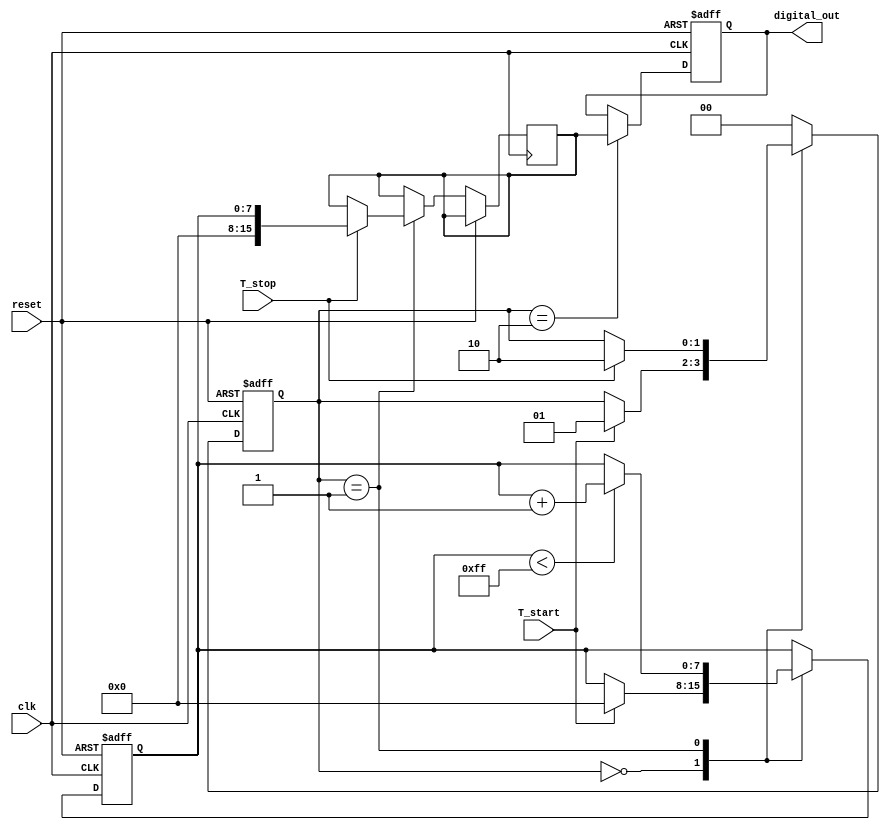
module TimeToDigitalConverter (
    input wire clk,              // High-frequency clock
    input wire reset,            // Reset signal
    input wire T_start,          // Start signal
    input wire T_stop,           // Stop signal
    output reg [15:0] digital_out // 16-bit digital output
);
    
    // Parameters
    parameter RAMP_MAX = 255;    // Max ramp value (can be adjusted)
    parameter ADC_RESOLUTION = 16; // ADC resolution in bits
    
    // State definition
    reg [1:0] state; // States: 0 - Idle, 1 - Ramp Up, 2 - Stop
    reg [7:0] ramp_value; // 8-bit ramp value
    reg [15:0] sampled_value; // Sampled value from ramp

    // State encoding
    localparam IDLE = 2'b00;
    localparam RAMP_UP = 2'b01;
    localparam STOP = 2'b10;

    // Control logic
    always @(posedge clk or posedge reset) begin
        if (reset) begin
            state <= IDLE;
            ramp_value <= 8'd0;
            digital_out <= 16'd0;
        end else begin
            case (state)
                IDLE: begin
                    if (T_start) begin
                        state <= RAMP_UP;
                        ramp_value <= 8'd0; // Reset ramp value
                    end
                end

                RAMP_UP: begin
                    if (ramp_value < RAMP_MAX) begin
                        ramp_value <= ramp_value + 1; // Ramp up
                    end
                    if (T_stop) begin
                        state <= STOP;
                        sampled_value <= ramp_value; // Sample the ramp value
                    end
                end

                STOP: begin
                    digital_out <= {8'b0, sampled_value}; // Store sampled value in digital output
                    state <= IDLE; // Return to idle state
                end

                default: state <= IDLE; // Default case for safety
            endcase
        end
    end

endmodule